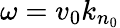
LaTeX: \omega=v_{0}k_{n_{0}}